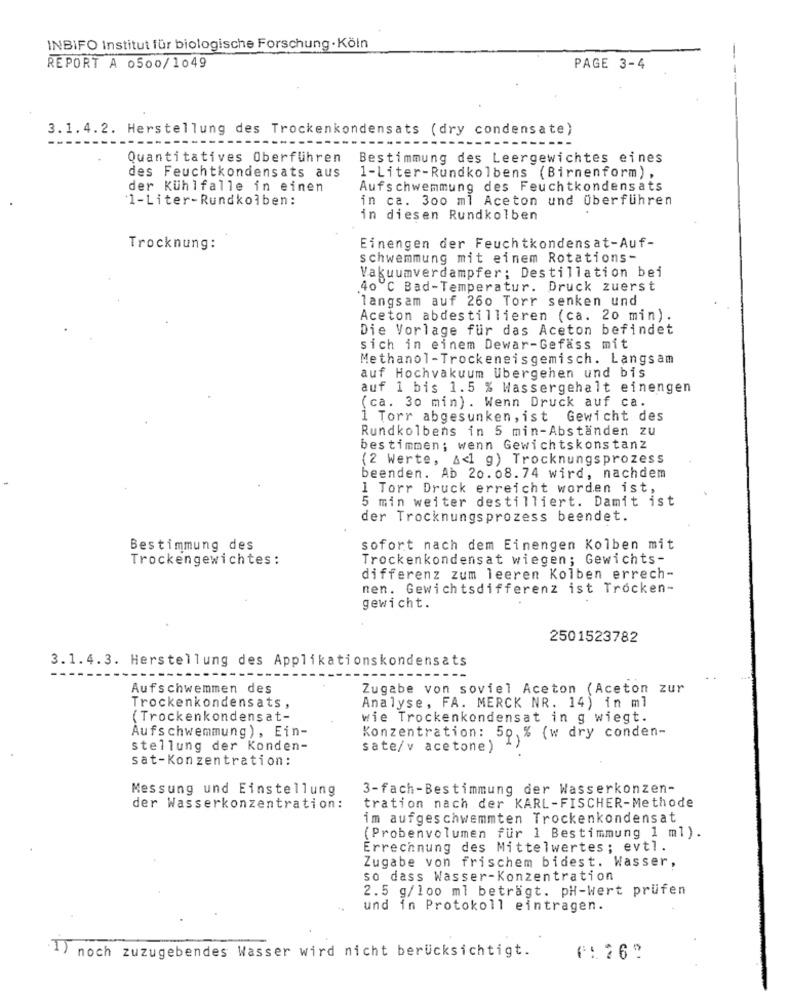
INBIFO Institut für biologische Forschung · Köln
REPORT A 0500/1049
PAGE 3-4
3.1.4.2. Herstellung des Trockenkondensats (dry condensate)
Quantitatives Oberfuhren
Bestimmung des Leergewichtes eines
des Feuchtkondensats aus
1-Liter-Rundkolbens (Birnenform) ,
der Kühlfalle in einen
Aufschwemmung des Feuchtkondensats
1-Liter-Rundkolben:
in ca. 300 ml Aceton und Überführen
in diesen Rundkolben
Trocknung:
Einengen der Feuchtkondensat-Auf-
schwemmung mit einem Rotations-
Vakuumverdampfer: Destillation bei
40 ℃ Bad-Temperatur. Druck zuerst
langsam auf 260 Torr senken und
Aceton abdestillieren (ca. 20 min).
Die Vorlage für das Aceton befindet
sich in einem Dewar-Gefäss mit
Methanol-Trockeneisgemisch. Langsam
auf Hochvakuum übergehen und bis
auf 1 bis 1.5 % Wassergehalt einengen
(ca. 30 min). Wenn Druck auf ca.
1 Torr abgesunken, ist Gewicht des
Rundkolbens in 5 min-Abständen zu
bestimmen; wenn Gewichtskonstanz
(2 Werte, &<1 g) Trocknungsprozess
beenden. Ab 20.08.74 wird, nachdem
1 Torr Druck erreicht worden ist,
5 min weiter destilliert. Damit ist
der Trocknungsprozess beendet.
Bestimmung des
sofort nach dem Einengen Kolben mit
Trockengewichtes :
Trockenkondensat wiegen; Gewichts-
differenz zum leeren Kolben errech-
nen. Gewichtsdifferenz ist Trocken-
gewicht.
2501523782
3.1.4.3. Herstellung des Applikationskondensats
Aufschwemmen des
Zugabe von soviel Aceton (Aceton zur
Trockenkondensats ,
Analyse, FA. MERCK NR. 14) in ml
(Trockenkondensat-
wie Trockenkondensat in g wiegt.
Aufschwemmung) , Ein-
Konzentration: 50, % {w dry conden-
stellung der Konden-
sate/v acetone)
sat-Konzentration:
Messung und Einstellung
3-fach-Bestimmung der Wasserkonzen-
tration nach der KARL-FISCHER-Methode
der Wasserkonzentration:
im aufgeschwemmten Trockenkondensat
(Probenvolumen für 1 Bestimmung 1 ml).
Errechnung des Mittelwertes; evtl.
Zugabe von frischem bidest. Wasser,
so dass Wasser-Konzentration
2.5 g/100 ml beträgt. PH-wert prüfen
und in Protokoll eintragen.
noch zuzugebendes Wasser wird nicht berücksichtigt.